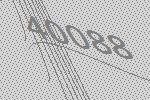
40088